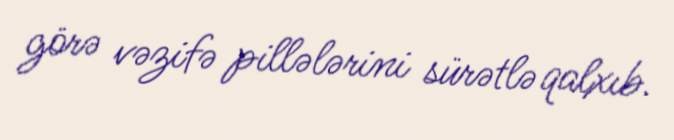
görə vəzifə pillələrini sürətlə qalxıb.